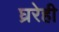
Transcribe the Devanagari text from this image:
घ्ररेही